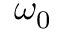
\omega _ { 0 }